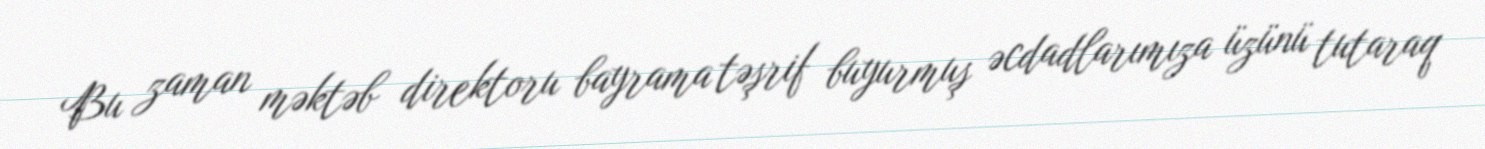
Bu zaman məktəb direktoru bayrama təşrif buyurmuş əcdadlarımıza üzünü tutaraq